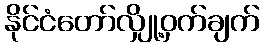
နိုင်ငံတော်လျှို့ဝှက်ချက်